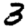
Digit: 3